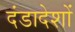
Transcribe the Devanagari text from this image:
दंडादेशों